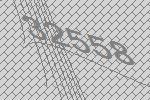
32558